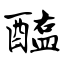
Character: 醢